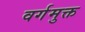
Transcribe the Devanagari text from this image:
वर्गमुक्त